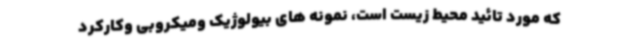
که مورد تائید محیط زیست است، نمونه های بیولوژیک ومیکروبی وکارکرد